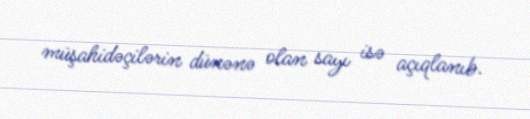
müşahidəçilərin dünənə olan sayı isə açıqlanıb.